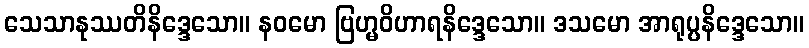
သေသာနုဿတိနိဒ္ဒေသော။ နဝမော ဗြဟ္မဝိဟာရနိဒ္ဒေသော။ ဒသမော အာရုပ္ပနိဒ္ဒေသော။